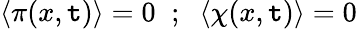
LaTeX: \langle\pi(x,\mathtt{t})\rangle=0\; \; ;\; \; \langle\chi(x,\mathtt{t})\rangle=0